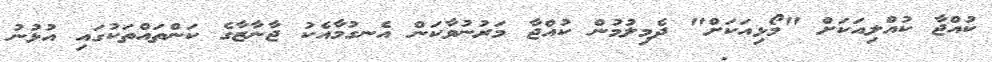
ކުއްޖާ ކުއްލިއަކަށް "މޯޅިއަކަށް" ދެމިލުމުން ކުއްޖާ މަރުނުވާކަން އެނގުމާއެކު ޖާނާޒާގެ ކަންތައްތަކުގައި އުޅުނު